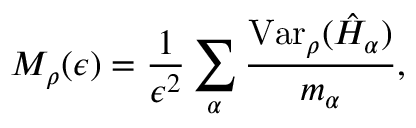
M _ { \rho } ( \epsilon ) = \frac { 1 } { \epsilon ^ { 2 } } \sum _ { \alpha } \frac { \mathrm { V a r } _ { \rho } ( \hat { H } _ { \alpha } ) } { m _ { \alpha } } ,